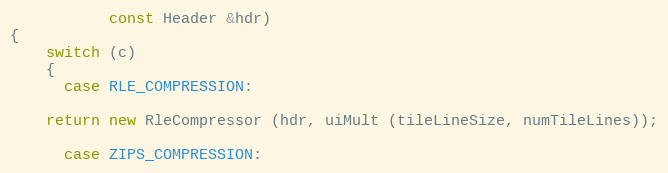
Language: C++
		   const Header &hdr)
{
    switch (c)
    {
      case RLE_COMPRESSION:

	return new RleCompressor (hdr, uiMult (tileLineSize, numTileLines));

      case ZIPS_COMPRESSION: